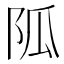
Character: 𨸯